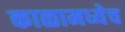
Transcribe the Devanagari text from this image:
काळामध्येच